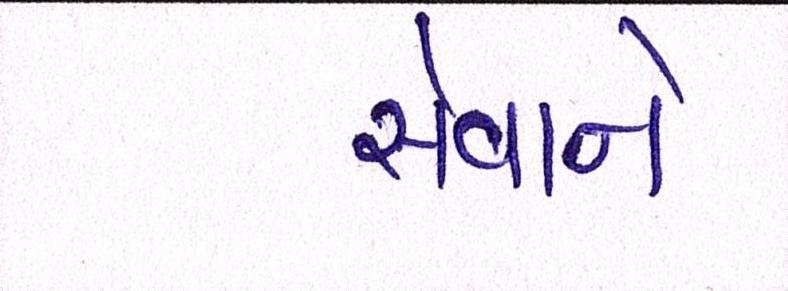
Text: સેવાને